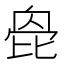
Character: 𣬌